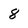
Character: 8